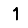
Digit: 1